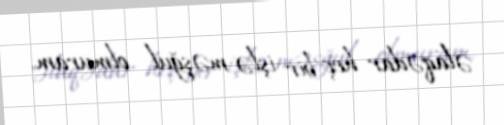
əlaqədar heç bir işlə məşğul olmuram.